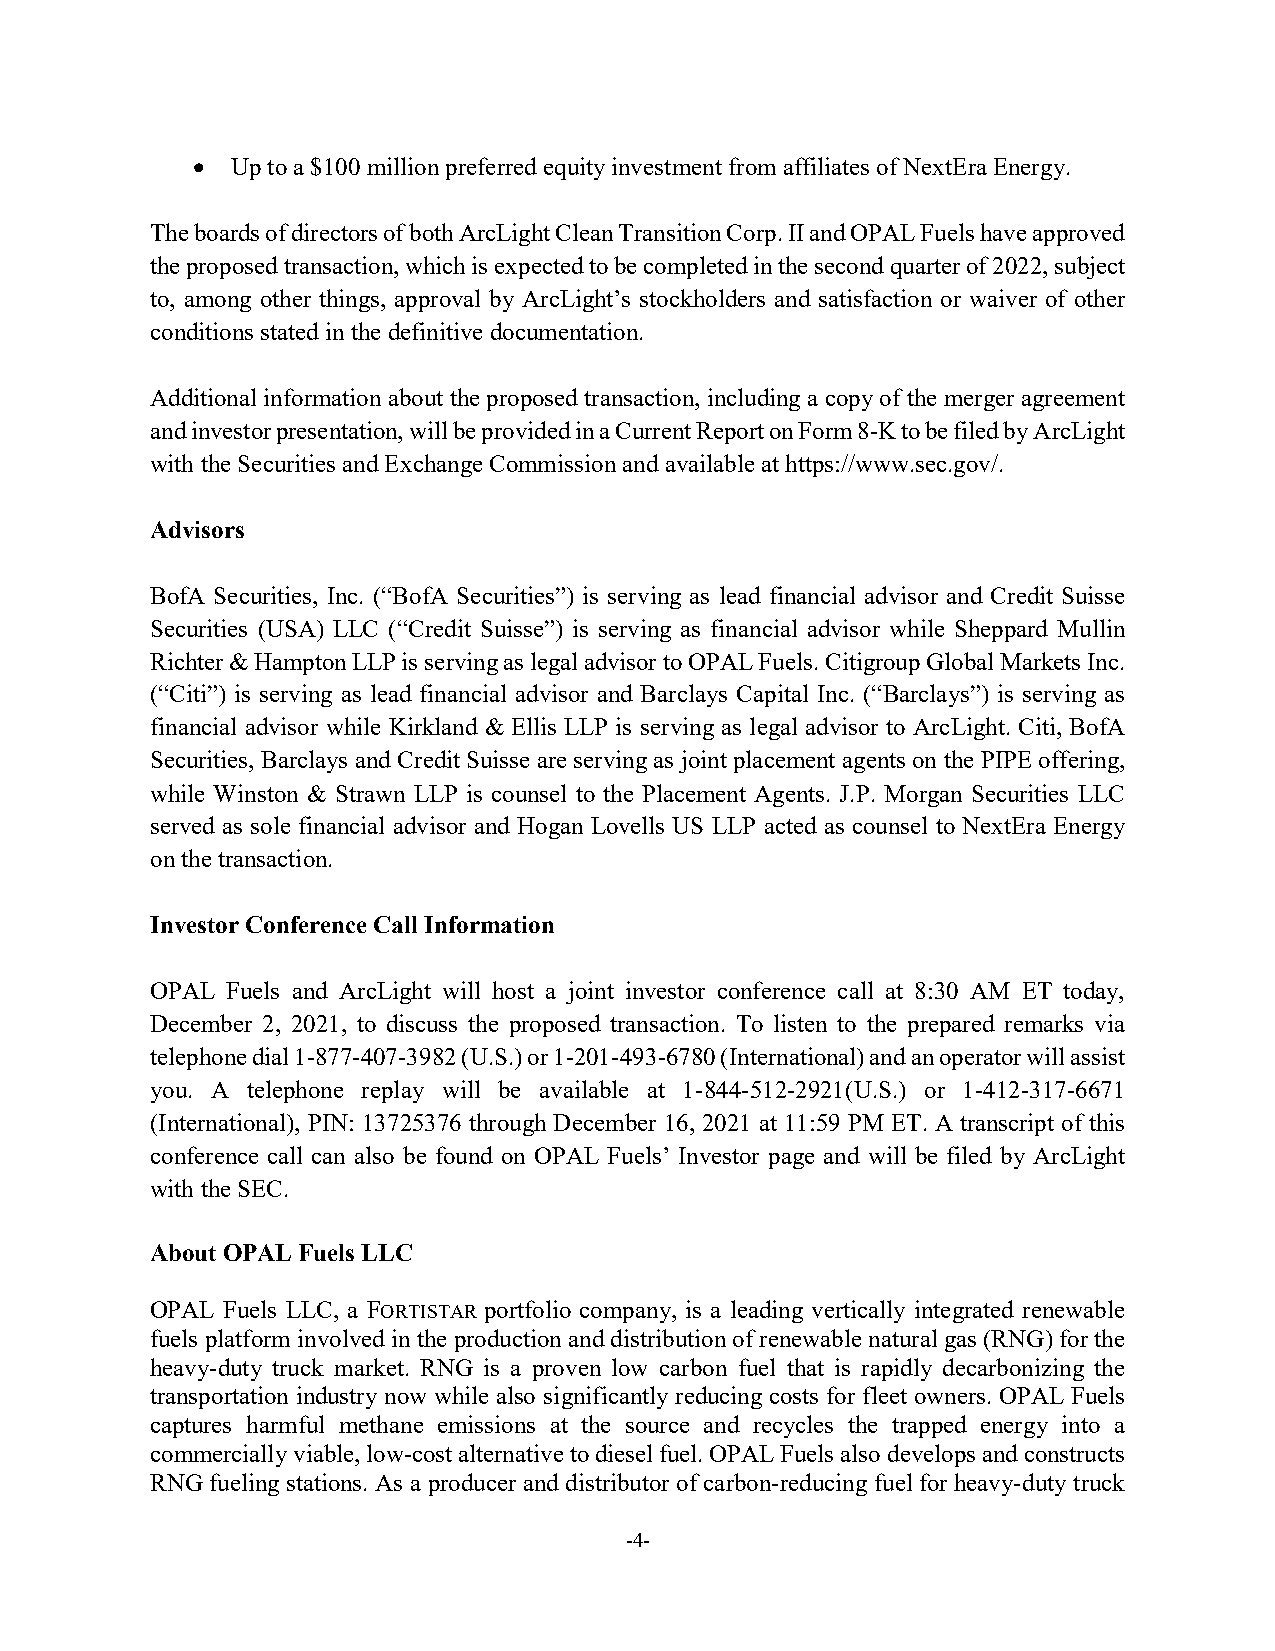
 Up to a $100 million preferred equity investment from affiliates of NextEra Energy.
 The boards of directors of both ArcLight Clean Transition Corp. II and OPAL Fuels have approved
 the proposed transaction, which is expected to be completed in the second quarter of 2022, subject
 to, among other things, approval by ArcLight’s stockholders and satisfaction or waiver of other
 conditions stated in the definitive documentation.
 Additional information about the proposed transaction, including a copy of the merger agreement
 and investor presentation, will be provided in a Current Report on Form 8-K to be filed by ArcLight
 with the Securities and Exchange Commission and available at https://www.sec.gov/.
 Advisors
 BofA Securities, Inc. (“BofA Securities”) is serving as lead financial advisor and Credit Suisse
 Securities (USA) LLC (“Credit Suisse”) is serving as financial advisor while Sheppard Mullin
 Richter & Hampton LLP is serving as legal advisor to OPAL Fuels. Citigroup Global Markets Inc.
 (“Citi”) is serving as lead financial advisor and Barclays Capital Inc. (“Barclays”) is serving as
 financial advisor while Kirkland & Ellis LLP is serving as legal advisor to ArcLight. Citi, BofA
 Securities, Barclays and Credit Suisse are serving as joint placement agents on the PIPE offering,
 while Winston & Strawn LLP is counsel to the Placement Agents. J.P. Morgan Securities LLC
 served as sole financial advisor and Hogan Lovells US LLP acted as counsel to NextEra Energy
 on the transaction.
 Investor Conference Call Information
 OPAL Fuels and ArcLight will host a joint investor conference call at 8:30 AM ET today,
 December 2, 2021, to discuss the proposed transaction. To listen to the prepared remarks via
 telephone dial 1-877-407-3982 (U.S.) or 1-201-493-6780 (International) and an operator will assist
 you. A telephone replay will be available at 1-844-512-2921(U.S.) or 1-412-317-6671
 (International), PIN: 13725376 through December 16, 2021 at 11:59 PM ET. A transcript of this
 conference call can also be found on OPAL Fuels’ Investor page and will be filed by ArcLight
 with the SEC.
 About OPAL Fuels LLC
 OPAL Fuels LLC, a FORTISTAR portfolio company, is a leading vertically integrated renewable
 fuels platform involved in the production and distribution of renewable natural gas (RNG) for the
 heavy-duty truck market. RNG is a proven low carbon fuel that is rapidly decarbonizing the
 transportation industry now while also significantly reducing costs for fleet owners. OPAL Fuels
 captures harmful methane emissions at the source and recycles the trapped energy into a
 commercially viable, low-cost alternative to diesel fuel. OPAL Fuels also develops and constructs
 RNG fueling stations. As a producer and distributor of carbon-reducing fuel for heavy-duty truck
 -4-